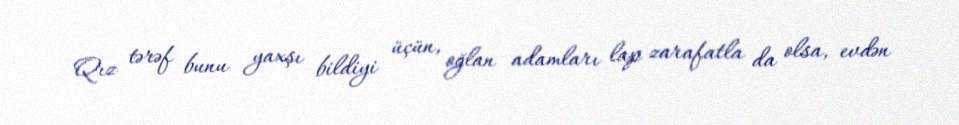
Qız tərəf bunu yaxşı bildiyi üçün, oğlan adamları lap zarafatla da olsa, evdən